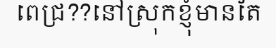
ពេជ្រ??នៅស្រុកខ្ញុំមានតែ